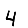
Digit: 4